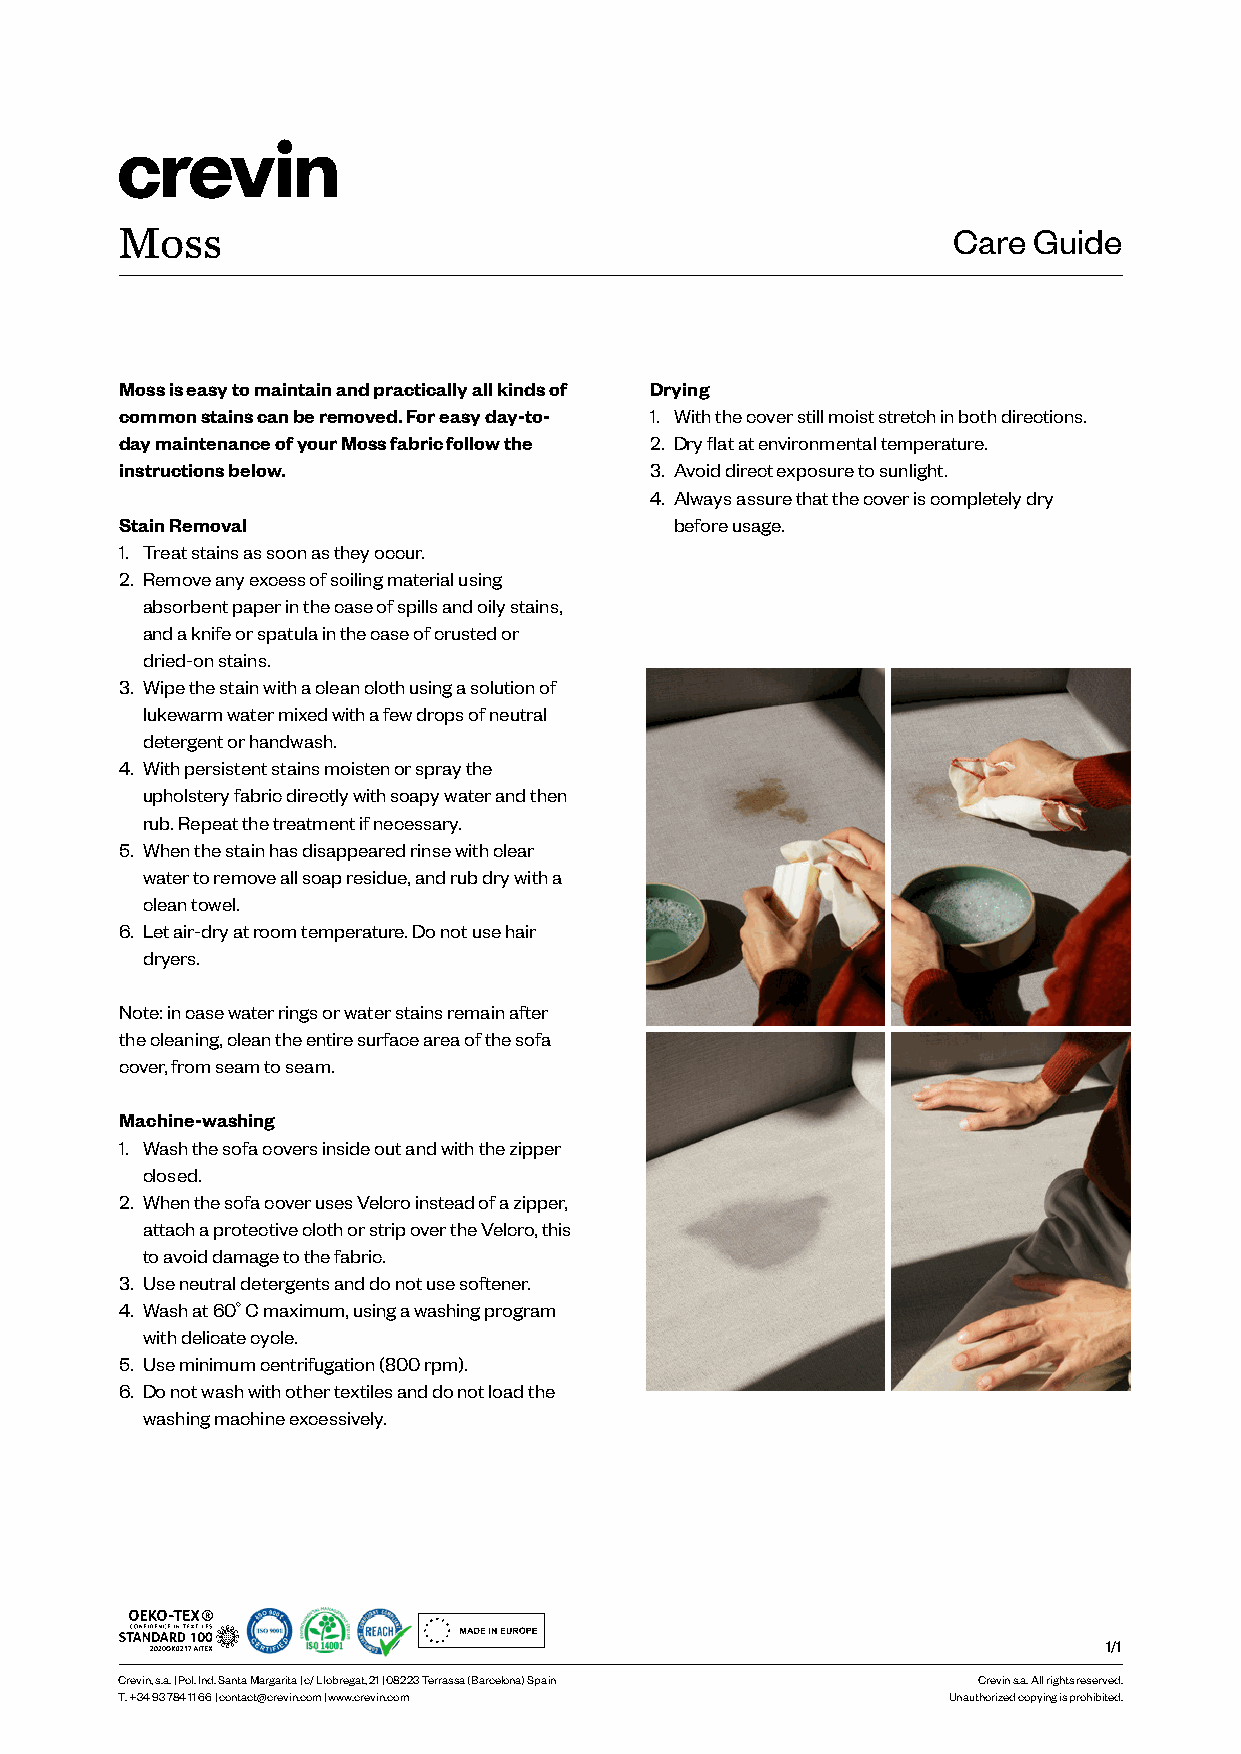
Moss                                                   Care Guide
 Moss is easy to maintain and practically all kinds of Drying
 common stains can be removed. For easy day-to- 1. With the cover still moist stretch in both directions.
 day maintenance of your Moss fabric follow the 2. Dry flat at environmental temperature.
 instructions below.                3. Avoid direct exposure to sunlight.
 4. Always assure that the cover is completely dry
 Stain Removal                        before usage.
 1. Treat stains as soon as they occur.
 2. Remove any excess of soiling material using
 absorbent paper in the case of spills and oily stains,
 and a knife or spatula in the case of crusted or
 dried-on stains.
 3. Wipe the stain with a clean cloth using a solution of
 lukewarm water mixed with a few drops of neutral
 detergent or handwash.
 4. With persistent stains moisten or spray the
 upholstery fabric directly with soapy water and then
 rub. Repeat the treatment if necessary.
 5. When the stain has disappeared rinse with clear
 water to remove all soap residue, and rub dry with a
 clean towel.
 6. Let air-dry at room temperature. Do not use hair
 dryers.
 Note: in case water rings or water stains remain after
 the cleaning, clean the entire surface area of the sofa
 cover, from seam to seam.
 Machine-washing
 1. Wash the sofa covers inside out and with the zipper
 closed.
 2. When the sofa cover uses Velcro instead of a zipper,
 attach a protective cloth or strip over the Velcro, this
 to avoid damage to the fabric.
 3. Use neutral detergents and do not use softener.
 4. Wash at 60º C maximum, using a washing program
 with delicate cycle.
 5. Use minimum centrifugation (800 rpm).
 6. Do not wash with other textiles and do not load the
 washing machine excessively.
 1/1
 Crevin, s.a. | Pol. Ind. Santa Margarita | c/ Llobregat, 21 | 08223 Terrassa (Barcelona) Spain Crevin s.a. All rights reserved.
 T. +34 93 784 11 66 | contact@crevin.com | www.crevin.com Unauthorized copying is prohibited.